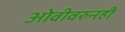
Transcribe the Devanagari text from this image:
ओवीवरुनही